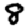
Digit: 8